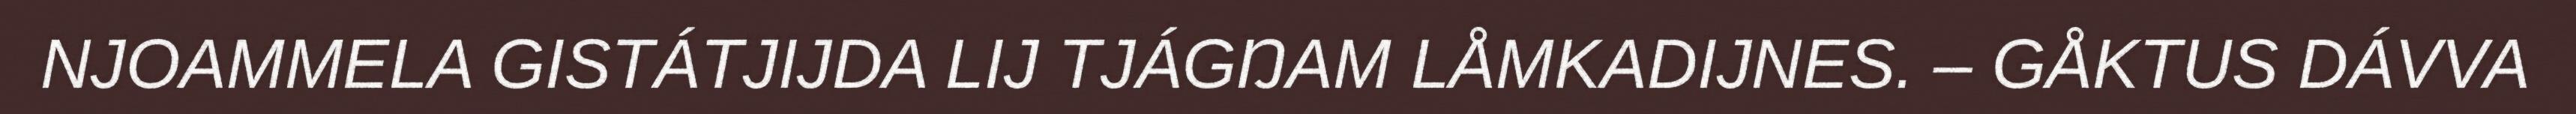
NJOAMMELA GISTÁTJIJDA LIJ TJÁGŊAM LÅMKADIJNES. – GÅKTUS DÁVVA